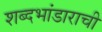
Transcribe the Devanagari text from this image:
शब्दभांडाराची